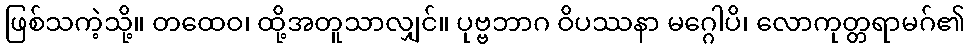
ဖြစ်သကဲ့သို့။ တထေဝ၊ ထို့အတူသာလျှင်။ ပုဗ္ဗဘာဂ ဝိပဿနာ မဂ္ဂေါပိ၊ လောကုတ္တရာမဂ်၏